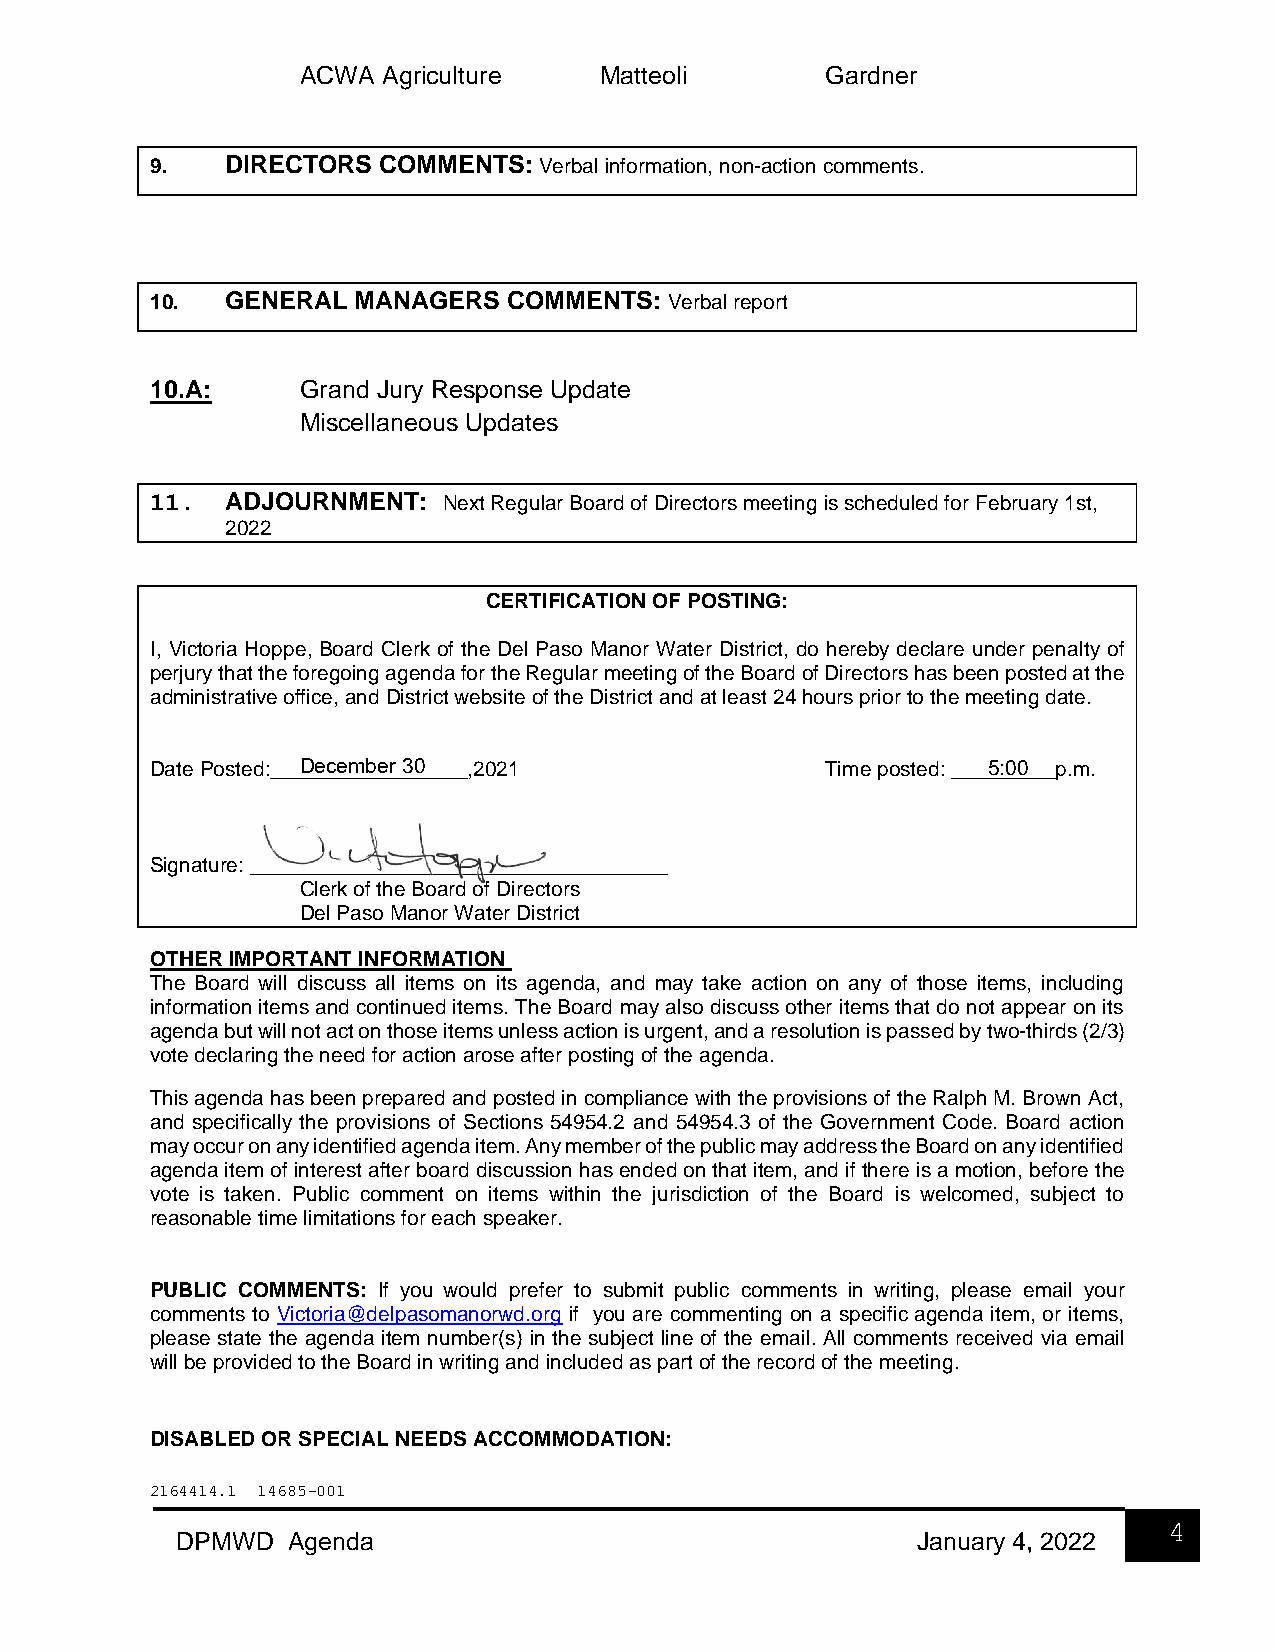
ACWA Agriculture    Matteoli       Gardner
 9.   DIRECTORS COMMENTS:  Verbal information, non-action comments.
 10.  GENERAL MANAGERS   COMMENTS: Verbal report
 10.A:     Grand Jury Response Update
 Miscellaneous Updates
 11.  ADJOURNMENT:  Next Regular Board of Directors meeting is scheduled for February 1st,
 2022
 CERTIFICATION OF POSTING:
 I, Victoria Hoppe, Board Clerk of the Del Paso Manor Water District, do hereby declare under penalty of
 perjury that the foregoing agenda for the Regular meeting of the Board of Directors has been posted at the
 administrative office, and District website of the District and at least 24 hours prior to the meeting date.
 Date Posted:___D_e_c_e_m__b_e_r _3_0____,2021 Time posted: ____5_:0_0___p.m.
 Signature: ____________________________________
 Clerk of the Board of Directors
 Del Paso Manor Water District
 OTHER IMPORTANT INFORMATION
 The Board will discuss all items on its agenda, and may take action on any of those items, including
 information items and continued items. The Board may also discuss other items that do not appear on its
 agenda but will not act on those items unless action is urgent, and a resolution is passed by two-thirds (2/3)
 vote declaring the need for action arose after posting of the agenda.
 This agenda has been prepared and posted in compliance with the provisions of the Ralph M. Brown Act,
 and specifically the provisions of Sections 54954.2 and 54954.3 of the Government Code. Board action
 may occur on any identified agenda item. Any member of the public may address the Board on any identified
 agenda item of interest after board discussion has ended on that item, and if there is a motion, before the
 vote is taken. Public comment on items within the jurisdiction of the Board is welcomed, subject to
 reasonable time limitations for each speaker.
 PUBLIC COMMENTS: If you would prefer to submit public comments in writing, please email your
 comments to Victoria@delpasomanorwd.org if you are commenting on a specific agenda item, or items,
 please state the agenda item number(s) in the subject line of the email. All comments received via email
 will be provided to the Board in writing and included as part of the record of the meeting.
 DISABLED OR SPECIAL NEEDS ACCOMMODATION:
 2164414.1 14685-001
 4
 DPMWD  Agenda                                    January 4, 2022
 4